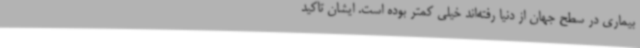
بیماری در سطح جهان از دنیا رفته‌اند خیلی کمتر بوده است. ایشان تاکید